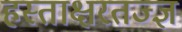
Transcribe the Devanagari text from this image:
हस्ताक्षरतज्ज्ञ